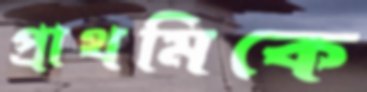
প্রাথমিকে